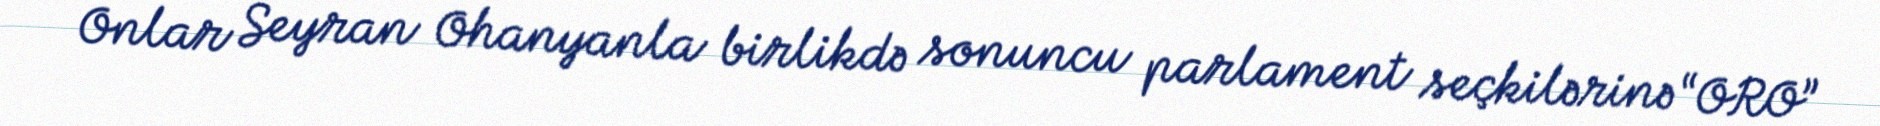
Onlar Seyran Ohanyanla birlikdə sonuncu parlament seçkilərinə “ORO”